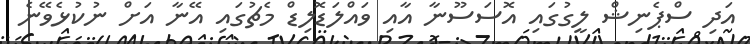
އަދި ސްޕެނިޝް ލީގުގައި އޮސަސޫނާ އާއި ވައްލަޑޮލިޑް މެޗުގައި އޭނާ އަށް ނުކުޅެވޭނެ